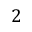
2